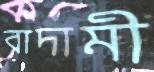
বাদামী